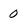
Character: 0